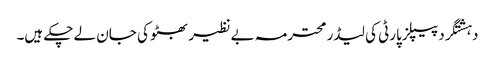
دہشتگرد پیپلزپارٹی کی لیڈر محترمہ بے نظیر بھٹو کی جان لے چکے ہیں۔